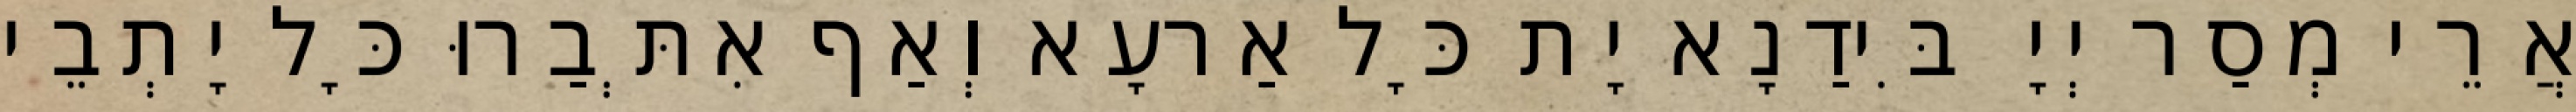
אֲרֵי מְסַר יְיָ בִּידַנָא יָת כָּל אַרעָא וְאַף אִתְּבַרוּ כָּל יָתְבֵי